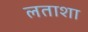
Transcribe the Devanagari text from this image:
लताशा